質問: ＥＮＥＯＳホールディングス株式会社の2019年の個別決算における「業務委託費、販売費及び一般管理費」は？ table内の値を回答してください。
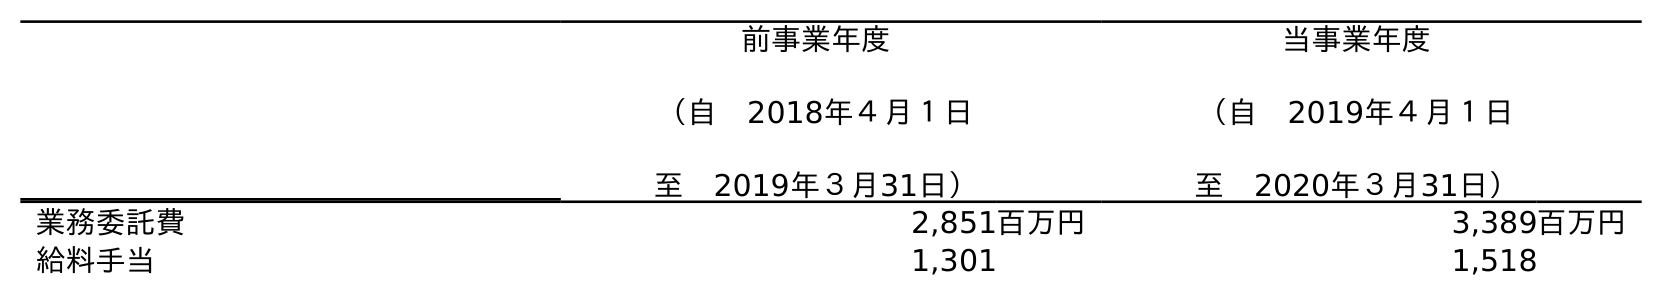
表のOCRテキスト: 前事業年度 （自 2018年４月１日 至 2019年３月31日） 当事業年度 （自 2019年４月１日 至 2020年３月31日） 業務委託費 2,851百万円 3,389百万円 給料手当 1,301 1,518
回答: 2,851